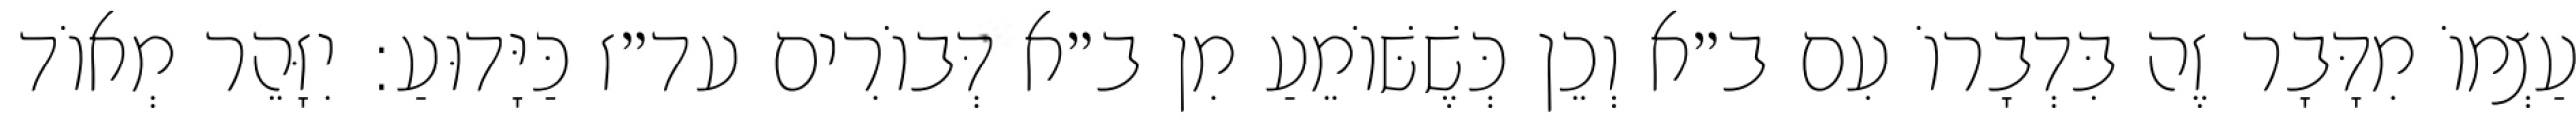
עַצְמוֹ מִדָּבָר זֶה בִּדְבָרוֹ עִם ב״א וְכֵן כְּשֶׁשּׁוֹמֵעַ מִן ב״א דְּבוֹרִים עד״ז כַּיָּדוּעַ: יִזָּהֵר מְאוֹד